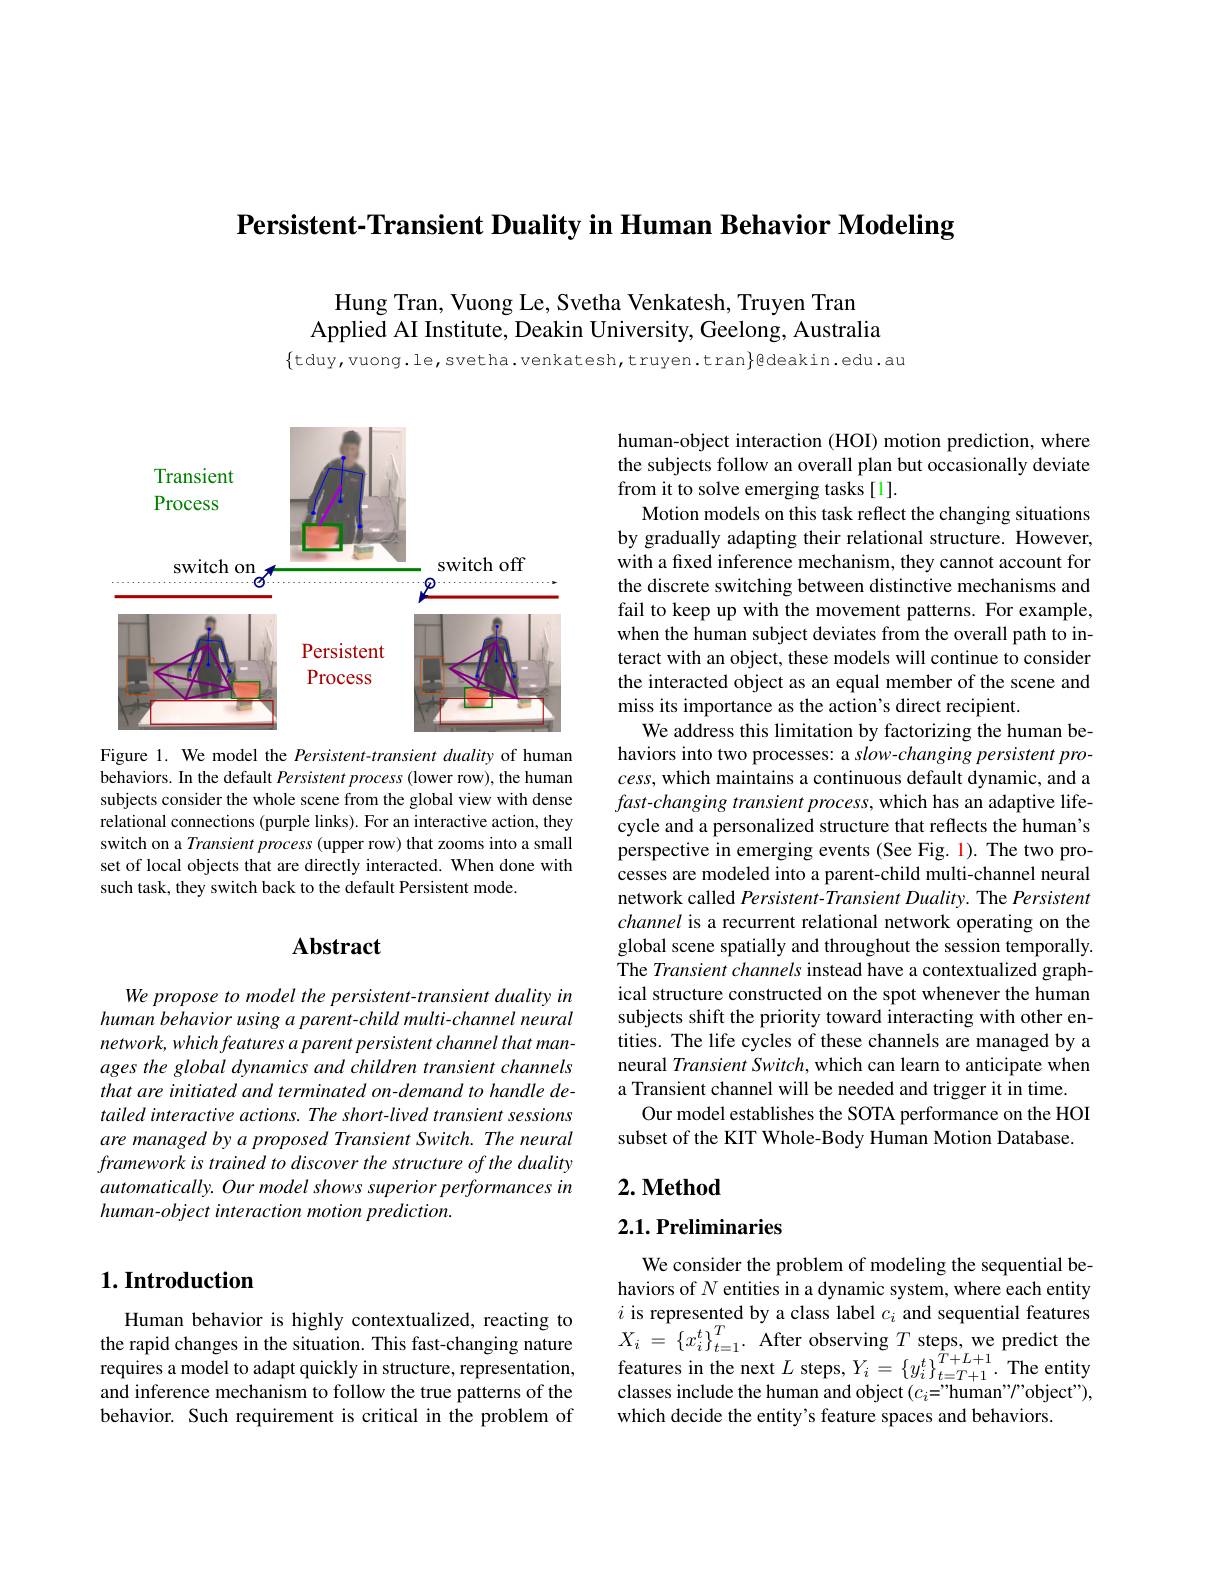
$\textbf{Persistent- Transient Duality in Human Behavior Modeling}$

Hung Tran, Vuong Le, Svetha Venkatesh, Truyen Tran
Applied AI Institute, Deakin University, Geelong, Australia

$\{$tduy,vuong.le,svetha.venkatesh,truyen.tran$\}$@deakin.edu.au

## $1. \textbf{Introduction}$

Human behavior is highly contextualized, reacting to and inference mechanism to follow the true patterns of the behavior. Such requirement is critical in the problem of

<FigureHere>

Figure 1. We model the Persistent-transient duality of human behaviors. In the default Persistent process (lower row), the human subjects consider the whole scene from the global view with dense relational connections (purple links). For an interactive action, they switch on a Transient process (upper row) that zooms into a small set of local objects that are directly interacted. When done with such task, they switch back to the default Persistent mode.

# Abstract

We propose to model the persistent-transient duality in human behavior using a parent-child multi-channel neural $network, which\textit{features a parent persistent channel that man- }$ ages the global dynamics and children transient channels that are initiated and terminated on-demand to handle detailed interactive actions. The short-lived transient sessions are managed by a proposed Transient Switch. The neural framework is trained to discover the structure of the duality automatically. Our model shows superior performances in human-object interaction motion prediction.

human-object interaction (HOI) motion prediction, where the subjects follow an overall plan but occasionally deviate from it to solve emerging tasks[1].
Motion models on this task reflect the changing situations by gradually adapting their relational structure. However, with a fixed inference mechanism, they cannot account for the discrete switching between distinctive mechanisms and fail to keep up with the movement patterns. For example, when the human subject deviates from the overall path to interact with an object, these models will continue to consider the interacted object as an equal member of the scene and miss its importance as the action's direct recipient.
We address this limitation by factorizing the human behaviors into two processes: a slow-changing persistent pro- $cess$, which maintains a continuous default dynamic, and a $fast- changing\textit{ transient process, which has an adaptive life- bint an an an adaptive life- bin process, which has an adaptive life- bin pros an an an an adaptive life- bin pros pros pros pros process, which has an an adaptive life- pros pos pos pos pos}$ cycle and a personalized structure that reflects the human's perspective in emerging events (See Fig. 1). The two processes are modeled into a parent-child multi-channel neural network called Persistent-Transient Duality. The Persistent channel is a recurrent relational network operating on the global scene spatially and throughout the session temporally. The Transient channels instead have a contextualized graphical structure constructed on the spot whenever the human subjects shift the priority toward interacting with other entities. The life cycles of these channels are managed by a neural Transient Switch, which can learn to anticipate when a Transient channel will be needed and trigger it in time.
Our model establishes the SOTA performance on the HOI
subset of the KIT Whole-Body Human Motion Database.

## $2. \textbf{Method}$

## 2.1. Preliminaries

We consider the problem of modeling the sequential behaviors of $N$ entities in a dynamic system, where each entity $i$ is represented by a class label $c_i$ and sequential features
the rapid changes in the situation. This fast-changing nature $X_i= \{ x_i^t\} _{t= 1}^T.$ After observing $T$ steps, we predict the requires a model to adapt quickly in strucure, representation, features in the next $L$ steps, $Y_i=\{y_i^t\}_{i=T+1}^{T+L+1}.$ T
classes include the human and object $( c_i= ”$human" " object" ),
which decide the entity's feature spaces and behaviors